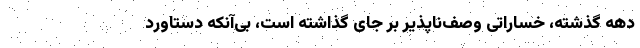
دهه گذشته، خساراتی وصف‌ناپذیر بر جای گذاشته است، بی‌آنکه دستاورد